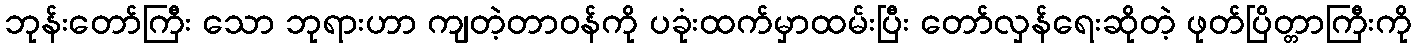
ဘုန်းတော်ကြီး သော ဘုရားဟာ ကျတဲ့တာဝန်ကို ပခုံးထက်မှာထမ်းပြီး တော်လှန်ရေးဆိုတဲ့ ဖုတ်ပြိတ္တာကြီးကို